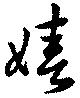
嬉